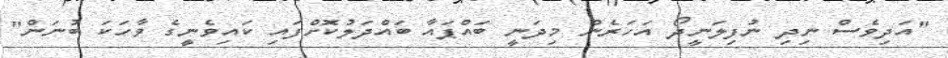
"އަދިވެސް ނިދި ނުފިލަނީދޯ އަހަރެން މިދަނީ ބައްޕައާ ބައްދަލުކޮށްފައި ކައިވެނީގެ ވާހަކަ ބުނަން"